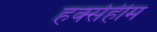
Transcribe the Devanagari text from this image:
हर्क्सहीम